Report on horse surra - Volume II, Part I
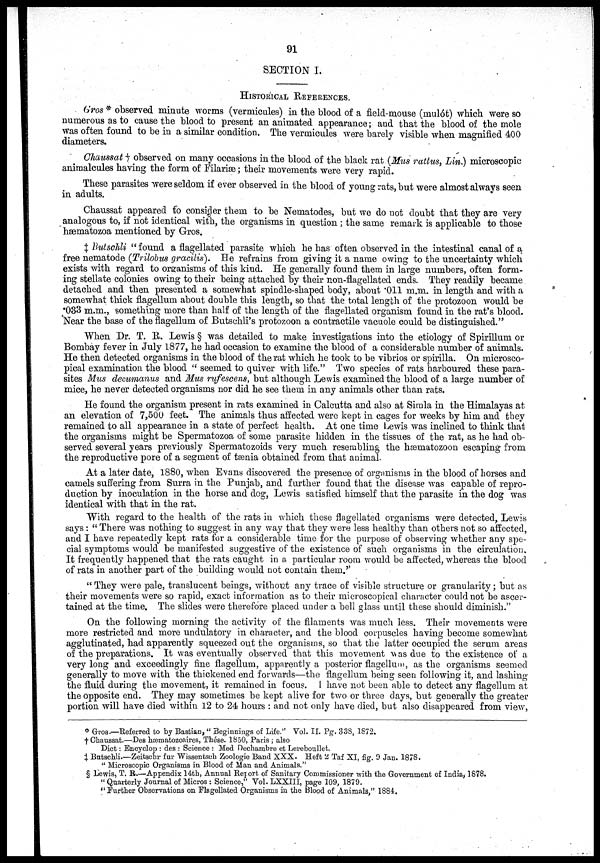
91
SECTION I.
HISTORICAL REFERENCES.
Gros * observed minute worms (vermicules) in the blood of a field-mouse (mulót) which were so
numerous as to cause the blood to present an animated appearance; and that the blood of the mole
was often found to be in a similar condition. The vermicules were barely visible when magnified 400
diameters.
Chaussat † observed on many occasions in the blood of the black rat (Mus rattus, Lin.) microscopic
animalcules having the form of Filariæ; their movements were very rapid.
These parasites were seldom if ever observed in the blood of young rats, but were almost always seen
in adults.
Chaussat appeared to consider them to be Nematodes, but we do not doubt that they are very
analogous to, if not identical with, the organisms in question ; the same remark is applicable to those
hæmatozoa mentioned by Gros.
‡ Butschli "found a flagellated parasite which he has often observed in the intestinal canal of a
free nematode (Trilobus gracilis).
He refrains from giving it a name owing to the uncertainty which
exists with regard to organisms of this kind. He generally found them in large numbers, often form-
ing stellate colonies owing to their being attached by their non-flagellated ends. They readily became
detached and then presented a somewhat spindle-shaped body, about .011 m.m. in length and with a
somewhat thick flagellum about double this length, so that the total length of the protozoon would be
.033 m.m., something more than half of the length of the flagellated organism found in the rat's blood.
Near the base of the flagellum of Butschli's protozoon a contractile vacuole could be distinguished."
When Dr. T. R. Lewis § was detailed to make investigations into the etiology of Spirillum or
Bombay fever in July 1877, he had occasion to examine the blood of a considerable number of animals.
He then detected organisms in the blood of the rat which he took to be vibrios or spirilla. On microsco-
pical examination the blood "seemed to quiver with life." Two species of rats harboured these para-
sites Mus decumanus and Mus rufescens, but although Lewis examined the blood of a large number of
mice, he never detected organisms nor did he see them in any animals other than rats.
He found the organism present in rats examined in Calcutta and also at Simla in the Himalayas at
an elevation of 7,500 feet. The animals thus affected were kept in cages for weeks by him and they
remained to all appearance in a state of perfect health. At one time Lewis was inclined to think that
the organisms might be Spermatozoa of some parasite hidden in the tissues of the rat, as he had ob-
served several years previously Spermatozoids very much resembling the hæmatozoon escaping from
the reproductive pore of a segment of tænia obtained from that animal.
At a later date, 1880, when Evans discovered the presence of organisms in the blood of horses and
camels suffering from Surra in the Punjab, and further found that the disease was capable of repro-
duction by inoculation in the horse and dog, Lewis satisfied himself that the parasite in the dog was
identical with that in the rat.
With regard to the health of the rats in which these flagellated organisms were detected, Lewis
says : "There was nothing to suggest in any way that they were less healthy than others not so affected,
and I have repeatedly kept rats for a considerable time for the purpose of observing whether any spe-
cial symptoms would be manifested suggestive of the existence of such organisms in the circulation.
It frequently happened that the rats caught in a particular room would be affected, whereas the blood
of rats in another part of the building would not contain them.''
"They were pale, translucent beings, without any trace of visible structure or granularity; but as
their movements were so rapid, exact information as to their microscopical character could not be ascer-
tained at the time. The slides were therefore placed under a bell glass until these should diminish."
On the following morning the activity of the filaments was much less. Their movements were
more restricted and more undulatory in character, and the blood corpuscles having become somewhat
agglutinated, had apparently squeezed out the organisms, so that the latter occupied the serum areas
of the preparations. It was eventually observed that this movement was due to the existence of a
very long and exceedingly fine flagellum, apparently a posterior flagellum, as the organisms seemed
generally to move with the thickened end forwards—the flagellum being seen following it, and lashing
the fluid during the movement, it remained in focus. I have not been able to detect any flagellum at
the opposite end. They may sometimes be kept alive for two or three days, but generally the greater
portion will have died within 12 to 24 hours : and not only have died, but also disappeared from view,
* Gros.—Referred to by Bastian,"Beginnings of Life." Vol. II. Pg. 338, 1872.
† Chaussat.—Des hæmatozoaires, Thése. 1850, Paris ; also
Dict: Encyclop : des : Science : Med Dechambre et Lereboullet.
‡ Butschli.—Zeitschr fur Wissentsch Zoologie Band XXX. Heft 2 Taf XI, fig. 9 Jan. 1878.
"Microscopic Organisms in Blood of Man and Animals."
§ Lewis, T. R.—Appendix 14th, Annual Report of Sanitary Commissioner with the Government of India, 1878.
"Quarterly Journal of Micros : Science,"Vol. LXXIII, page 109, 1879.
"Further Observations on Flagellated Organisms in the Blood of Animals," 1884.